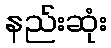
နည်းဆုံး